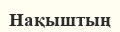
Нақыштың